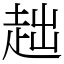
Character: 趉